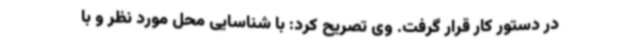
در دستور کار قرار گرفت. وی تصریح کرد: با شناسایی محل مورد نظر و با